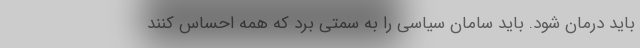
باید درمان شود. باید سامان سیاسی را به سمتی برد که همه احساس کنند